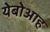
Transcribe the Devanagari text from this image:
येबोआह